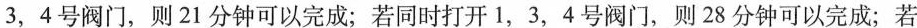
3，4号阀门，则21分钟可以完成；若同时打开1，3，4号阀门，则28分钟可以完成；若